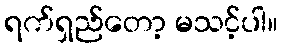
ရက်ရှည်တော့ မသင့်ပါ။